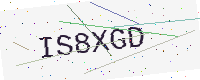
Text: IS8XGD